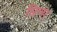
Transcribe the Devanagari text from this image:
सिन्‍नर